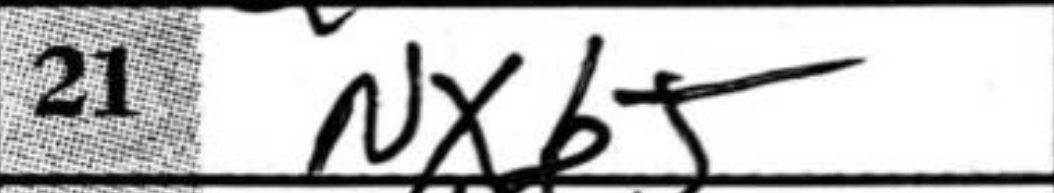
Transcription: Nxb5